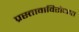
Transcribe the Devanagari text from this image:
प्रस्तावाविरोधात